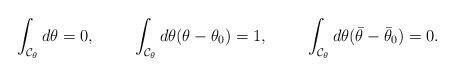
LaTeX: \begin{align*}\int_{{\cal C}_{\theta}}d\theta = 0,\hspace{1cm}\int_{{\cal C}_{\theta}}d\theta(\theta-\theta_{0}) = 1,\hspace{1cm}\int_{{\cal C}_{\theta}}d\theta(\bar\theta-\bar\theta_{0}) = 0.\end{align*}